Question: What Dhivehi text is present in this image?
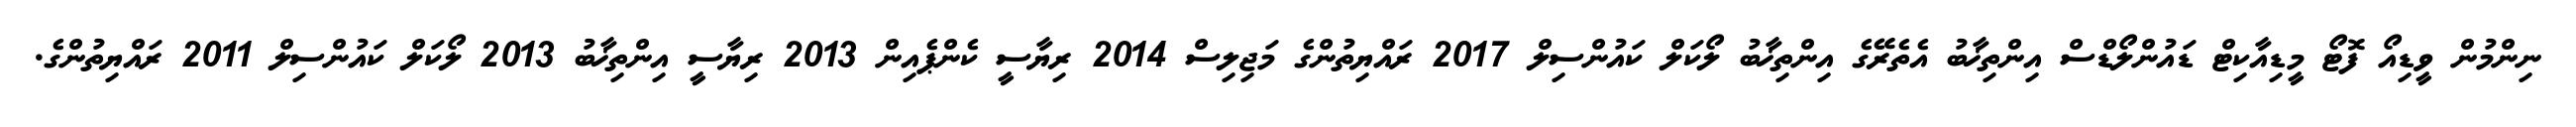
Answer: ނިންމުން ވީޑިއޯ ފޮޓޯ މީޑިއާކިޓް ޑައުންލޯޑްސް އިންތިޚާބު އެތެރޭގެ އިންތިޚާބު ލޯކަލް ކައުންސިލް 2017 ރައްޔިތުންގެ މަޖިލިސް 2014 ރިޔާސީ ކެންޕެއިން 2013 ރިޔާސީ އިންތިޚާބު 2013 ލޯކަލް ކައުންސިލް 2011 ރައްޔިތުންގެ.